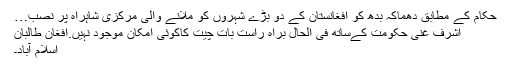
حکام کے مطابق دھماکہ بدھ کو افغانستان کے دو بڑے شہروں کو ملانے والی مرکزی شاہراہ پر نصب…
اشرف غنی حکومت کےساتھ فی الحال براہ راست بات چیت کاکوئی امکان موجود نہیں.افغان طالبان
اسلام آباد۔